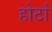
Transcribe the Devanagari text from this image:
होर्टा